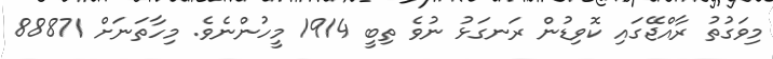
މިވަގުތު ރާއްޖޭގައި ކޮވިޑުން ރަނގަޅު ނުވެ ތިބީ 1914 މީހުންނެވެ. މިހާތަނަށް 88871